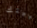
لبيتك